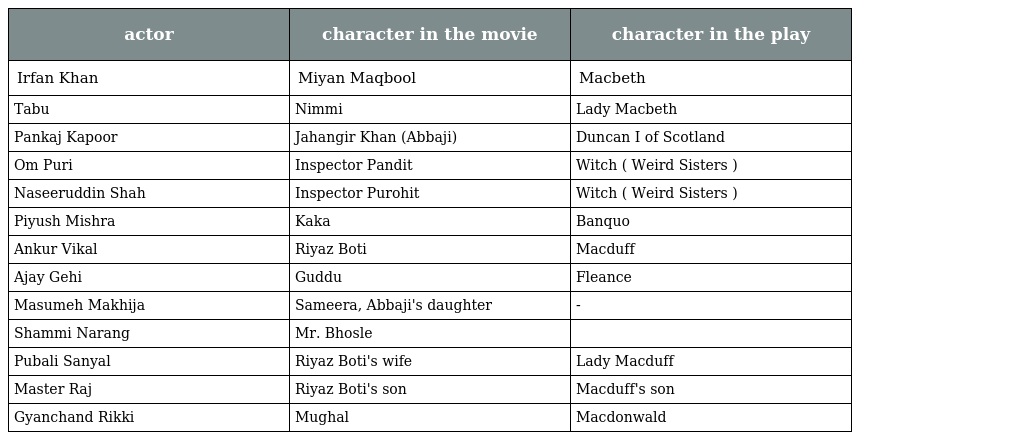
| actor | character in the movie | character in the play |
 | --- | --- | --- |
 | Irfan Khan | Miyan Maqbool | Macbeth |
 | Tabu | Nimmi | Lady Macbeth |
 | Pankaj Kapoor | Jahangir Khan (Abbaji) | Duncan I of Scotland |
 | Om Puri | Inspector Pandit | Witch ( Weird Sisters ) |
 | Naseeruddin Shah | Inspector Purohit | Witch ( Weird Sisters ) |
 | Piyush Mishra | Kaka | Banquo |
 | Ankur Vikal | Riyaz Boti | Macduff |
 | Ajay Gehi | Guddu | Fleance |
 | Masumeh Makhija | Sameera, Abbaji's daughter | - |
 | Shammi Narang | Mr. Bhosle |  |
 | Pubali Sanyal | Riyaz Boti's wife | Lady Macduff |
 | Master Raj | Riyaz Boti's son | Macduff's son |
 | Gyanchand Rikki | Mughal | Macdonwald |